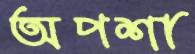
অপশা